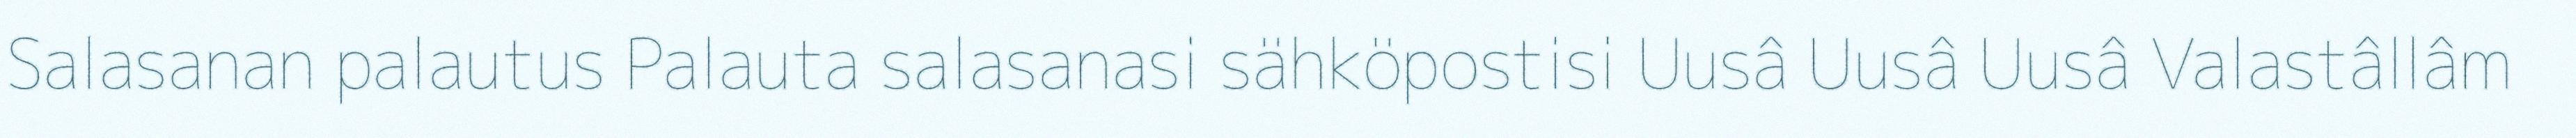
Salasanan palautus Palauta salasanasi sähköpostisi Uusâ Uusâ Uusâ Valastâllâm